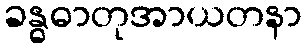
ခန္ဓဓာတုအာယတနာ